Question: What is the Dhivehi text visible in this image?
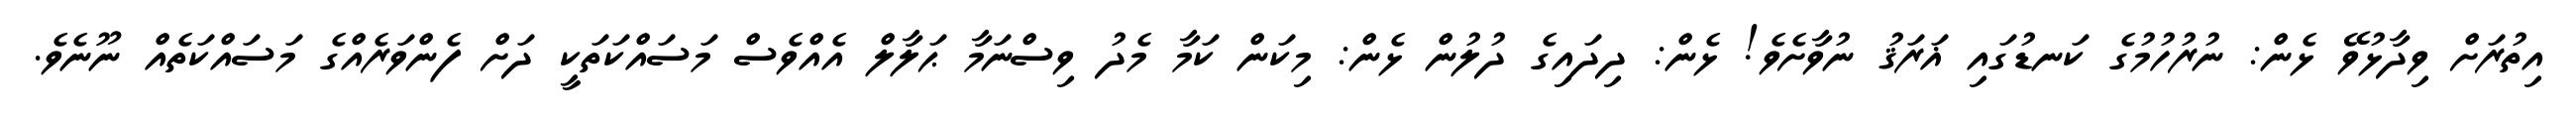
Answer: އިތުރަށް ވިދާޅުވޭ ޅެން: ނުރުހުމުގެ ކަނޑުގައި ޣަރަޤު ނުވާށެވެ! ޅެން: ދިދައިގެ ދުލުން ޅެން: މިކަން ކަމާ މެދު ވިސްނަމާ ޙަލާލް އެއްވެސް މަސައްކަތަކީ ދަށް ފެންވަރެއްގެ މަސައްކަތެއް ނޫނެވެ.